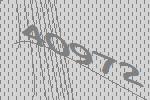
40972